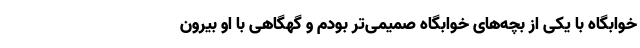
خوابگاه با یکی از بچه‌های خوابگاه صمیمی‌تر بودم و گهگاهی با او بیرون